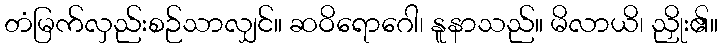
တံမြက်လှည်းစဉ်သာလျှင်။ ဆဝိရောဂေါ၊ နူနာသည်။ မိလာယိ၊ ညှိုး၏။